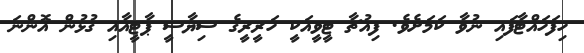
ހިފަހައްޓާފައި ނުވާ ކަމަށެވެ. ފިއުޗާ ޓީވީއަކީ ހަރީރީގެ ސިޔާސީ ޕާޓީއާއި ގުޅުން އޮންނަ